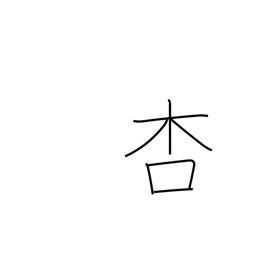
Meaning: apricot